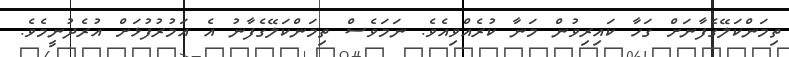
ތިމަންކަލޭގެފާނަށް ގަހާ ކައިރިވުން މަނާ ކުރެއްވިއެވެ. ނަމަވެސް ތިމަންކަލޭގެފާނު އެ އަމުރުފުޅަށް އުރެދުނީމެވެ.